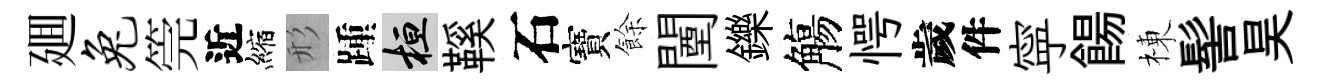
廽兔筦近縮形踵桓鞵石寶餘闉鑠觴愕歲件寜餳棟髻昊